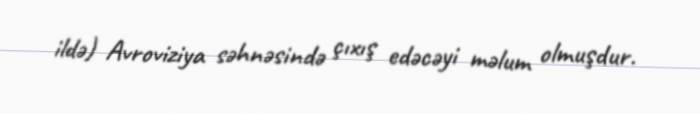
ildə) Avroviziya səhnəsində çıxış edəcəyi məlum olmuşdur.